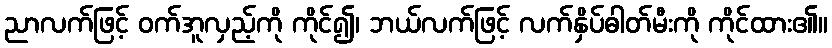
ညာလက်ဖြင့် ဝက်အူလှည့်ကို ကိုင်၍၊ ဘယ်လက်ဖြင့် လက်နှိပ်ဓါတ်မီးကို ကိုင်ထား၏။